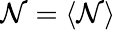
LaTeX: \mathcal{N}=\langle\mathcal{N}\rangle